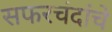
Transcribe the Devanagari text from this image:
सफरचंदांचे